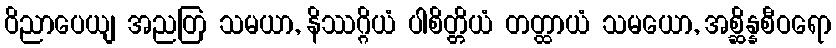
ဝိညာပေယျ အညတြ သမယာ, နိဿဂ္ဂိယံ ပါစိတ္တိယံ တတ္ထာယံ သမယော, အစ္ဆိန္နစီဝရော